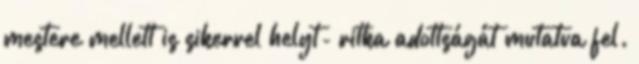
mestere mellett is sikerrel helyt- ritka adottságát mutatva fel.